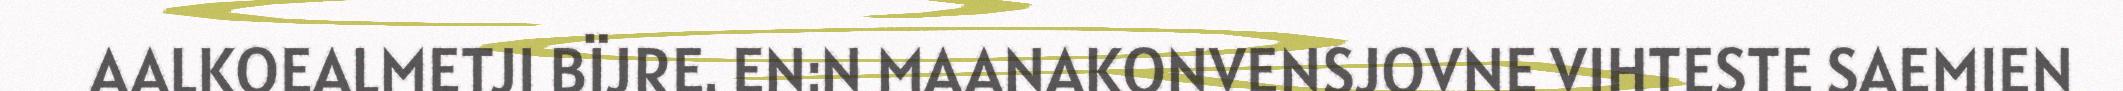
AALKOEALMETJI BÏJRE. EN:N MAANAKONVENSJOVNE VIHTESTE SAEMIEN